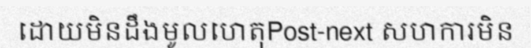
ដោយមិនដឹងមូលហេតុPost-next សហការមិន